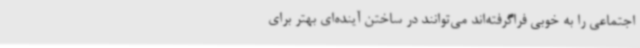
اجتماعی را به خوبی فراگرفته‌اند می‌توانند در ساختن آینده‌ای بهتر برای